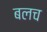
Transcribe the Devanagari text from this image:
बलच